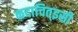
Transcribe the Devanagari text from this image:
कदाचित्‌इसी